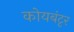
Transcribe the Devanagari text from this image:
कोयबंटृर